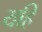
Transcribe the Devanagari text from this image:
यहिं